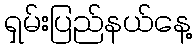
ရှမ်းပြည်နယ်နေ့